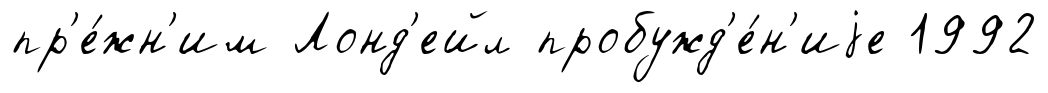
пр'е́жн'им Лонд'ейл пробужд'е́н'иjе 1992